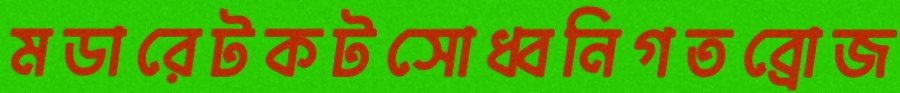
মডারেটকটসোধ্বনিগতব্রোজ